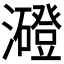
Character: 𤃶